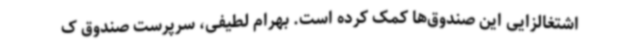
اشتغالزایی این صندوق‌ها کمک کرده است. بهرام لطیفی، سرپرست صندوق ک